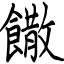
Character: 饊